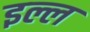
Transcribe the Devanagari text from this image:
इल्ल